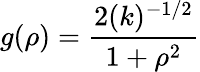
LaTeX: g(\rho)=\frac{2(k)^{-1/2}}{1+{\rho}^{2}}